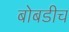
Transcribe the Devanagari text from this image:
बोबडीच